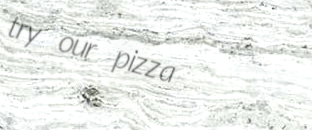
try our pizza